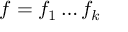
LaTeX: f = f _ { 1 } \ldots f _ { k }